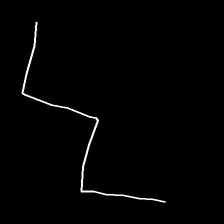
Glyph: crush